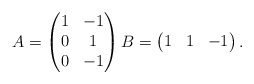
\begin{align*}A = \begin{pmatrix}1 & -1\\0 & 1\\0& - 1\end{pmatrix} B = \begin{pmatrix}1&1&-1\end{pmatrix}.\end{align*}